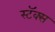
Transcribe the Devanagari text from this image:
स्टॅक्स